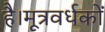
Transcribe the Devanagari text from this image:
है।मूत्रवर्धकों